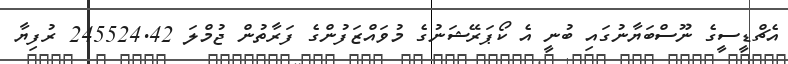
އެޗްޑީސީގެ ނޫސްބަޔާނުގައި ބުނީ އެ ކޯޕަރޭޝަނުގެ މުވައްޒަފުންގެ ފަރާތުން ޖުމްލަ 245524.42 ރުފިޔާ